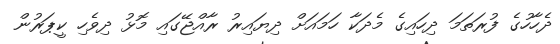
ދެހާހުގެ ފުރަތަމަ ދިހައިގެ މެދަކާ ހަމައަށް ދިޔައިރު ރާއްޖޭގައި މޮޅު ދިވެހި ކީޕަރުން